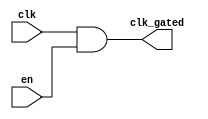
module static_clock_gating (
    input wire clk,       // Primary clock signal
    input wire en,        // Enable signal
    output wire clk_gated // Gated clock signal
);

// Gated clock logic
assign clk_gated = clk & en; // When EN is high, CLK_GATED is CLK; otherwise, it's 0

endmodule